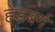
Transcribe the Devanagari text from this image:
हेडबर्ग